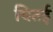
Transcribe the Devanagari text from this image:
चितई